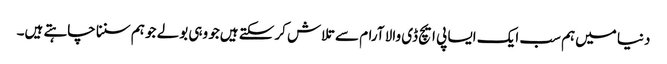
دنیا میں‌ہم سب ایک ایسا پی ایچ ڈی والا آرام سے تلاش کرسکتے ہیں‌جو وہی بولے جو ہم سننا چاہتے ہیں۔